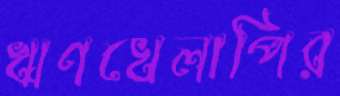
ঋণখেলাপির